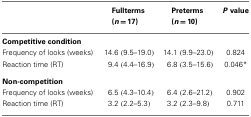
<table><thead><tr><td></td><td><b>Fullterms (<i>n</i> = 17)</b></td><td><b>Preterms (<i>n</i> = 10)</b></td><td><b><i>P</i> value</b></td></tr></thead><tbody><tr><td><b>Competitive condition</b></td></tr><tr><td>Frequency of looks (weeks)</td><td>14.6 (9.5–19.0)</td><td>14.1 (9.9–23.0)</td><td>0.824</td></tr><tr><td>Reaction time (RT)</td><td>9.4 (4.4–16.9)</td><td>6.8 (3.5–15.6)</td><td>0.046*</td></tr><tr><td><b>Non-competition</b></td></tr><tr><td>Frequency of looks (weeks)</td><td>6.5 (4.3–10.4)</td><td>6.4 (2.6–21.2)</td><td>0.902</td></tr><tr><td>Reaction time (RT)</td><td>3.2 (2.2–5.3)</td><td>3.2 (2.3–9.8)</td><td>0.711</td></tr></tbody></table>